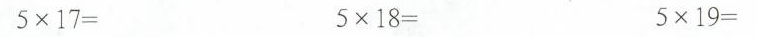
5\times17= 5\times18= 5\times19=